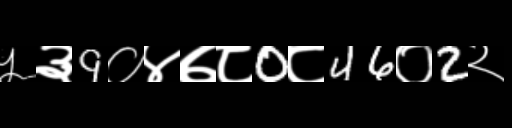
Text: ५३9०४७८0८46०2२